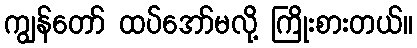
ကျွန်တော် ထပ်အော်မလို့ ကြိုးစားတယ်။